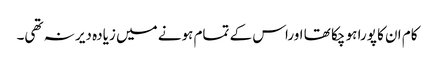
کام ان کا پورا ہو چکا تھا اوراس کے تمام ہونے میں زیادہ دیر نہ تھی۔